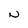
Character: N